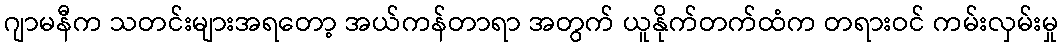
ဂျာမနီက သတင်းများအရတော့ အယ်ကန်တာရာ အတွက် ယူနိုက်တက်ထံက တရားဝင် ကမ်းလှမ်းမှု